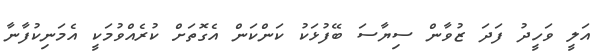
އަލީ ވަހީދު ފަދަ ޒުވާން ސިޔާސަ ބޭފުޅަކު ކަންކަން އެގޮތަށް ކުރެއްވުމަކީ އެމަނިކުފާނާ